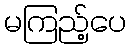
မကြည့်ပေ